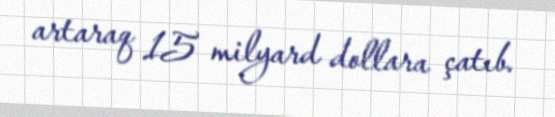
artaraq 15 milyard dollara çatıb.